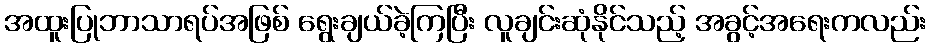
အထူးပြုဘာသာရပ်အဖြစ် ရွေးချယ်ခဲ့ကြပြီး လူချင်းဆုံနိုင်သည့် အခွင့်အရေးကလည်း